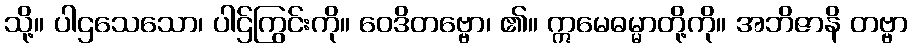
သို့။ ပါဌသေသော၊ ပါဌ်ကြွင်းကို။ ဝေဒိတဗ္ဗော၊ ၏။ ဣမေဓမ္မာတို့ကို။ အဘိဇာနိ တဗ္ဗာ